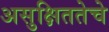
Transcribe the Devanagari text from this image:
असुक्षिततेचे